Medical and sanitary report of the native army of Bengal for the year
Year: 1876
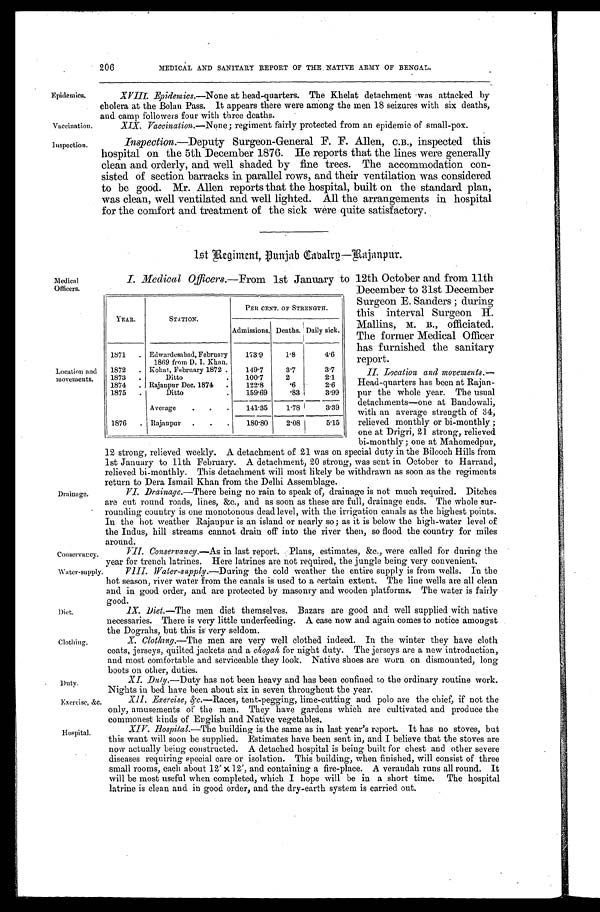
Medical
Officers.
Location and
movements.
MEDICAL AND SANITARY REPORT OF THE NATIVE ARMY OF BENGAL.
Epidemics. XVIII. Epidemics.—None at head-quarters. The Khelat detachment was attacked by
cholera at the Bolan Pass. It appears there were among the men 18 seizures with six deaths,
and camp followers four with three deaths.
Vaccination.
XIX. Vaccination.—None; regiment fairly protected from an epidemic of small-pox.
Inspection. Inspection.—Deputy Surgeon-General F. F. Allen, C.B., inspected this
hospital on the 5th December 1876. He reports that the lines were generally
clean and orderly, and well shaded by fine trees. The accommodation con-
sisted of section barracks in parallel rows, and their ventilation was considered
to be good. Mr. Allen reports that the hospital, built on the standard plan,
was clean, well ventilated and well lighted. All the arrangements in hospital
for the comfort and treatment of the sick were quite satisfactory.
1st Regiment, Punjab Tabalrp—Rajanpur.
I. Medical Officers.—From 1st January to 12th October and from 11th
December to 31st December
Surgeon E. Sanders; during
this interval Surgeon H.
Mallins, M. B., officiated.
The former Medical Officer
has furnished the sanitary
report.
II. Location and movements.—
Head-quarters has been at Rajan-
pur the whole year. The usual
detachments—one at Bandowali,
with an average strength of 34,
relieved monthly or bi-monthly;
one at Drigri, 21 strong, relieved
bi-monthly; one at Mahomedpur,
12 strong, relieved weekly. A detachment of 21 was on special duty in the Bilooch Hills from
1st January to 11th February. A detachment, 20 strong, was sent in October to Harrand,
relieved bi-monthly. This detachment will most likely be withdrawn as soon as the regiments
return to Dera Ismail Khan from the Delhi Assemblage.
Drainage.
VI. Drainage.—There being no rain to speak of, drainage is not much required. Ditches
are cut round roads, lines, &c., and as soon as these are full, drainage ends. The whole sur-
rounding country is one monotonous dead level, with the irrigation canals as the highest points.
In the hot weather Rajaupur is an island or nearly so; as it is below the high-water level of
the Indus, hill streams cannot drain off into the river then, so flood the country for miles
around.
VII. Conservancy.—As in last report. Plans, estimates, &c., were called for during the
Conservancy.
year for trench latrines. Here latrines are not required, the jungle being very convenient.
Water-supply VIII. Water-supply.—During the cold weather the entire supply is from wells. In the
hot season, river water from the canals is used to a certain extent. The line wells are all clean
and in good order, and are protected by masonry and wooden platforms. The water is fairly
good.
Diet.
IX . D i e t . —
T h e
m e n d i e t t h e m s e l v e s . B a z a r s a r e g o o d a n d w e l l s u p p l i e d w i t h n a t i v e
necessaries. There is very little underfeeding. A case now and again comes to notice amongst
the Dograhs, but this is very seldom.
Clothing.
X. Clotbng.—The men are very well clothed indeed. In the winter they have cloth
coats, jerseys, quilted jackets and a chogah for night duty. The jerseys are a new introduction,
and most comfortable and serviceable they look. Native shoes are worn on dismounted, long
boots on other, duties.
Duty.
XI. Dzay.—Duty has not been heavy and has been confined to the ordinary routine work.
Nights in bed have been about six in seven throughout the year.
Exercise, &c. XII. Exercise, &c.—Races, tent-pegging, lime-cutting and polo are the chief, if not the
only, amusements of the men. They have gardens which are cultivated and produce the
commonest kinds of English and Native vegetables.
Hospital.
XIV. Hospital.—The building is the same as in last year's report. It has no stoves, but
this want will soon be supplied. Estimates have been sent in, and I believe that the stoves are
now actually being constructed. A detached hospital is being built for chest and other severe
diseases requiring special care or isolation. This building, when finished, will consist of three
small rooms, each about 12' x12', and containing a fire-place. A verandah runs all round. It
will be most useful when completed, which I hope will be in a short time. The hospital
latrine is clean and in good order, and the dry-earth system is carried out.
206
YEAR.
STATION.
PE It CENT. OF STRENGTH.
Admissions. Deaths. Daily sick.
1871
. Edwardesabad, February
1869 from D. I. Khan.
173'9
1.8
4.6
1872
. Kohat, February 1872 •
149'7
3'7
3.7
1873
.
Ditto
.
100'7
2
2'J
1874
. Rajanpur Dec. 1874
.
122.8
•6
2.6
1875
.
Ditto
.
159•69
.83
3.99
Average
.
.
.
141.35
1.78
3.39
1876
. Rajanpur .
.
.
180.80
2.08
5.15